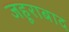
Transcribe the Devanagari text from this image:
जहूराबाद